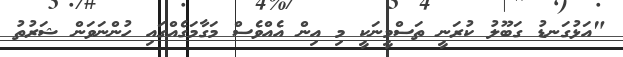
"އަޅުގަނޑު ގަބޫލު ކުރަނީ ތަސްމީނަކީ މި އިން އެއްވެސް މަގާމަގެއްގައި ހުންނަވަން ޝަރުތު